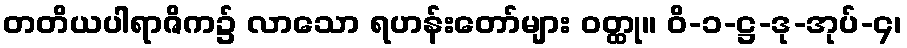
တတိယပါရာဇိက၌ လာသော ရဟန်းတော်များ ဝတ္ထု။ ဝိ-၁-ဋ္ဌ-ဒု-အုပ်-၄၊